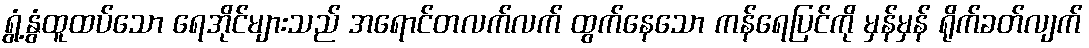
ရွံ့နွံထူထပ်သော ရေအိုင်များသည် အရောင်တလက်လက် ထွက်နေသော ကန်ရေပြင်ကို မှန်မှန် ရိုက်ခတ်လျက်